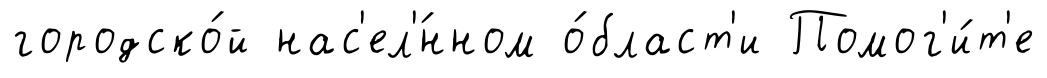
городско́й нас'ел'́нном о́бласт'и Помог'и́т'е